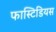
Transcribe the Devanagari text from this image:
फास्टिडियस